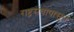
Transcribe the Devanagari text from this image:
राष्ट्रसंघापासुन